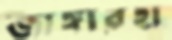
জাঙ্গারহা